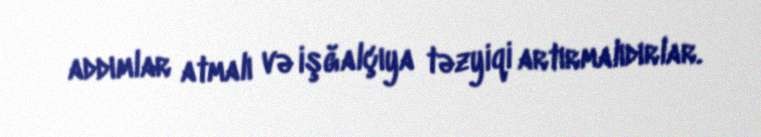
addımlar atmalı və işğalçıya təzyiqi artırmalıdırlar.